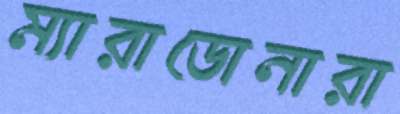
ম্যারাডোনারা